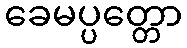
ခေမပ္ပတ္တော